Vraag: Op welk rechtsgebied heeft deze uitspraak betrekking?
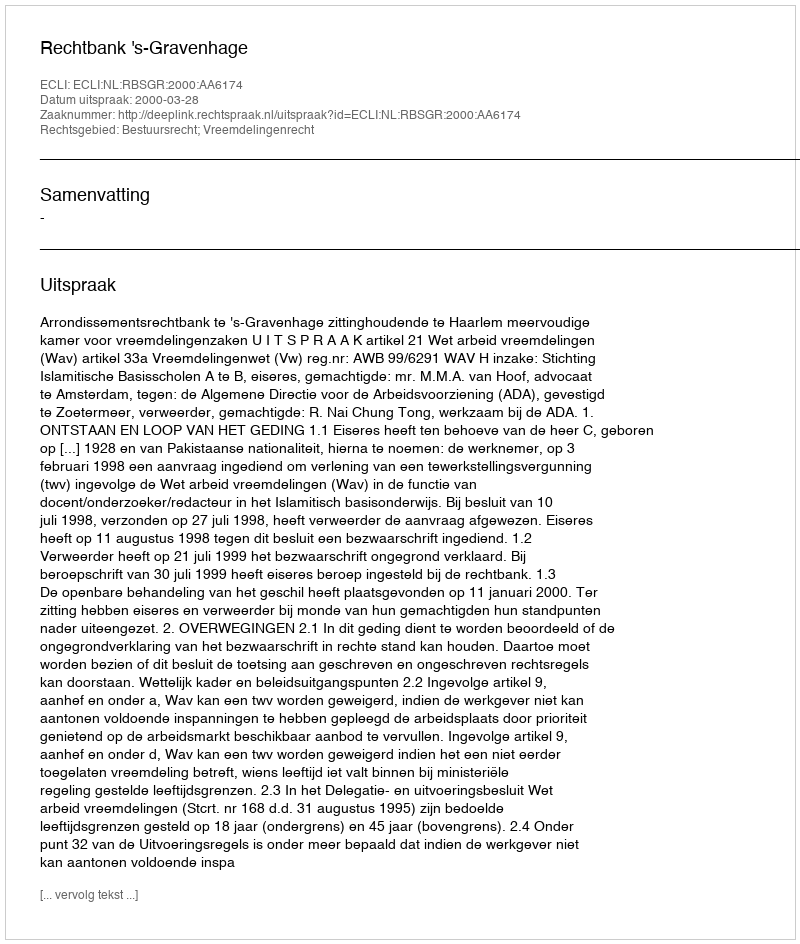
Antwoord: Bestuursrecht; Vreemdelingenrecht